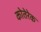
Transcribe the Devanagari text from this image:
कोतेरेक